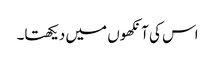
اس کی آنکھوں میں دیکھتا۔